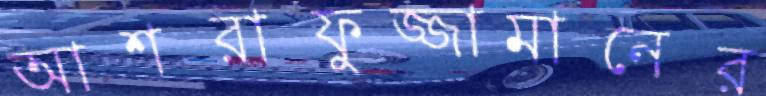
আশরাফুজ্জামানের